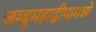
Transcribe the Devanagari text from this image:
जम्बुमहाद्वीपामध्ये